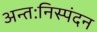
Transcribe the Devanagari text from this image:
अन्तःनिस्पंदन